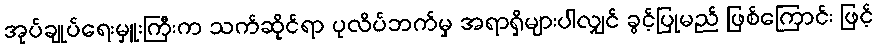
အုပ်ချုပ်ရေးမှူးကြီးက သက်ဆိုင်ရာ ပုလိပ်ဘက်မှ အရာရှိများပါလျှင် ခွင့်ပြုမည် ဖြစ်ကြောင်း ဖြင့်